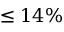
\leq 1 4 \%